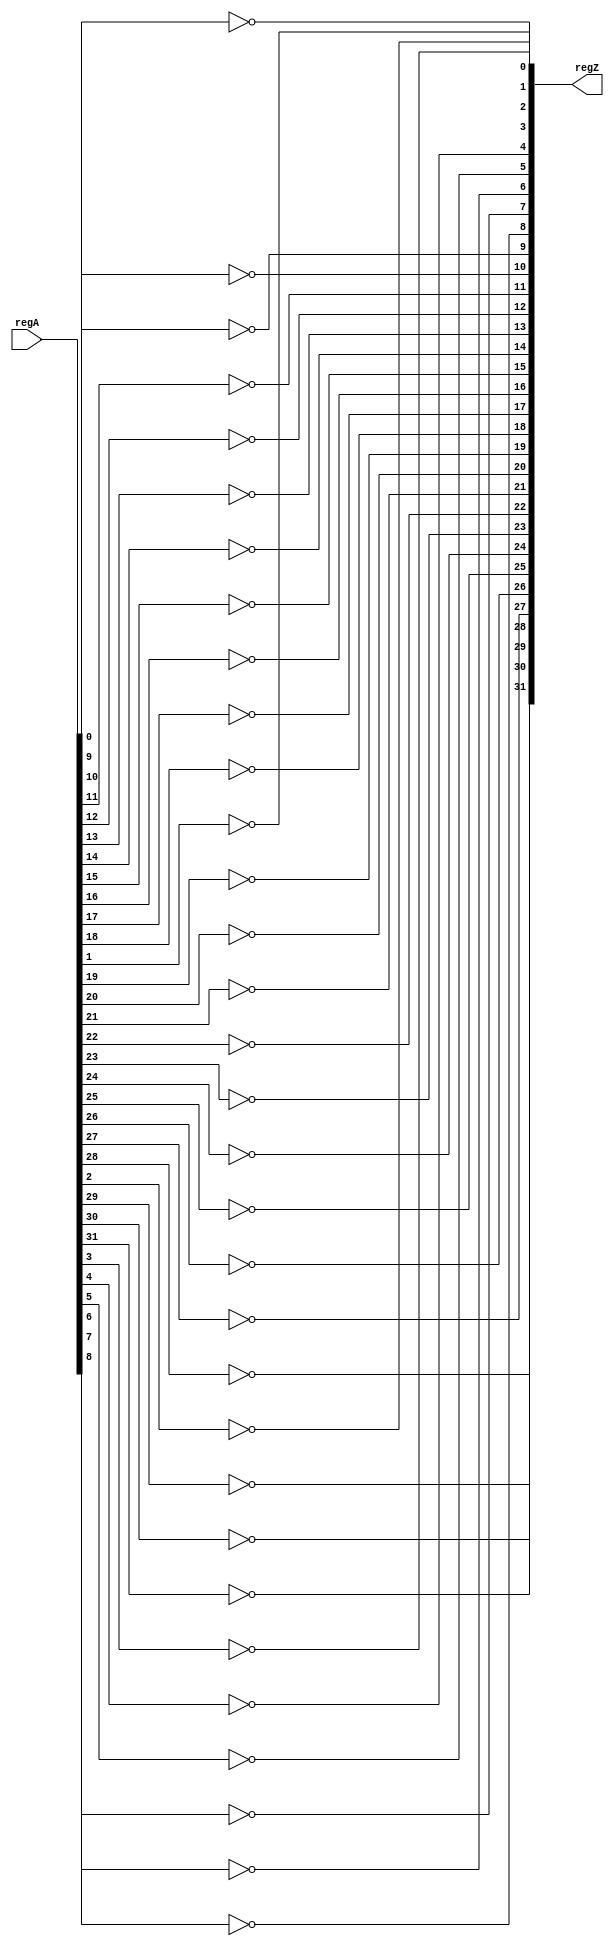
/*not_op.v, 32_bit NOT operation module*/
`timescale 1ns/10ps

module not_op (
	input wire [31:0] regA,
	output wire [31:0] regZ
	);

	genvar j;

	generate
		for (j=0; j<32; j=j+1)
		begin : loop
			assign regZ[j] = !regA[j]; //using the built-in NOT fucntion and putting the result in register Z
		end
	endgenerate

endmodule